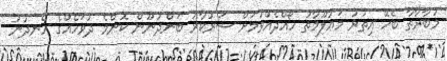
މުބާރާތާ ބެހޭ އިތުރު މަޢުލޫމާތު ހޯއްދެއްވުމަށް ސަރުކާރު ބަންދުނޫން ކޮންމެ ދުވަހެއްގެ ހެނދުނު